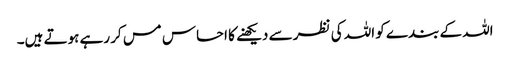
اللہ کے بندے کو اللہ کی نظر سے دیکھنے کا احساس مس کر رہے ہوتے ہیں۔